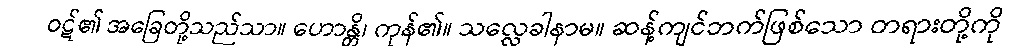
ဝဋ်၏ အခြေတို့သည်သာ။ ဟောန္တိ၊ ကုန်၏။ သလ္လေခါနာမ။ ဆန့်ကျင်ဘက်ဖြစ်သော တရားတို့ကို